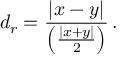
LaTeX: d _ { r } = { \frac { | x - y | } { \left( { \frac { | x + y | } { 2 } } \right) } } \, .